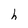
Character: h